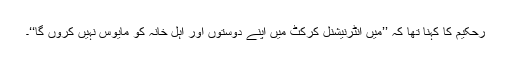
رحکیم کا کہنا تھا کہ ’’میں انٹرنیشنل کرکٹ میں اپنے دوستوں اور اہل خانہ کو مایوس نہیں کروں گا‘‘۔